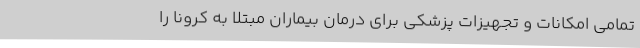
تمامی امکانات و تجهیزات پزشکی برای درمان بیماران مبتلا به کرونا را